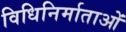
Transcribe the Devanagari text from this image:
विधिनिर्माताओं